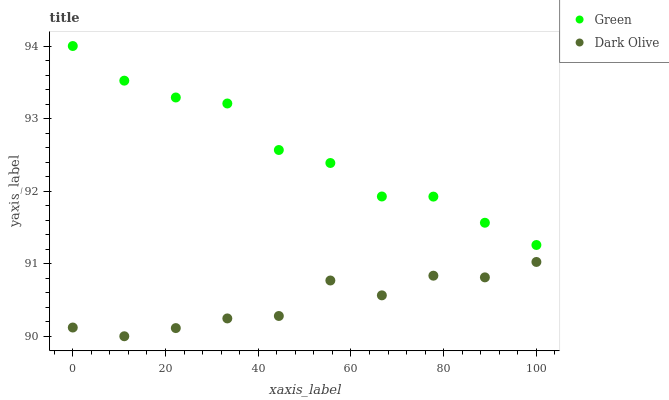
| xaxis_label | Green | Dark Olive |
 | --- | --- | --- |
 | 0 | 94 | 90.1 |
 | 11.1 | 93.5 | 90 |
 | 22.2 | 93.3 | 90.1 |
 | 33.3 | 93.2 | 90.2 |
 | 44.4 | 92.6 | 90.3 |
 | 55.6 | 92.4 | 90.8 |
 | 66.7 | 91.9 | 90.6 |
 | 77.8 | 91.9 | 90.8 |
 | 88.9 | 91.6 | 90.8 |
 | 100 | 91.3 | 91 |